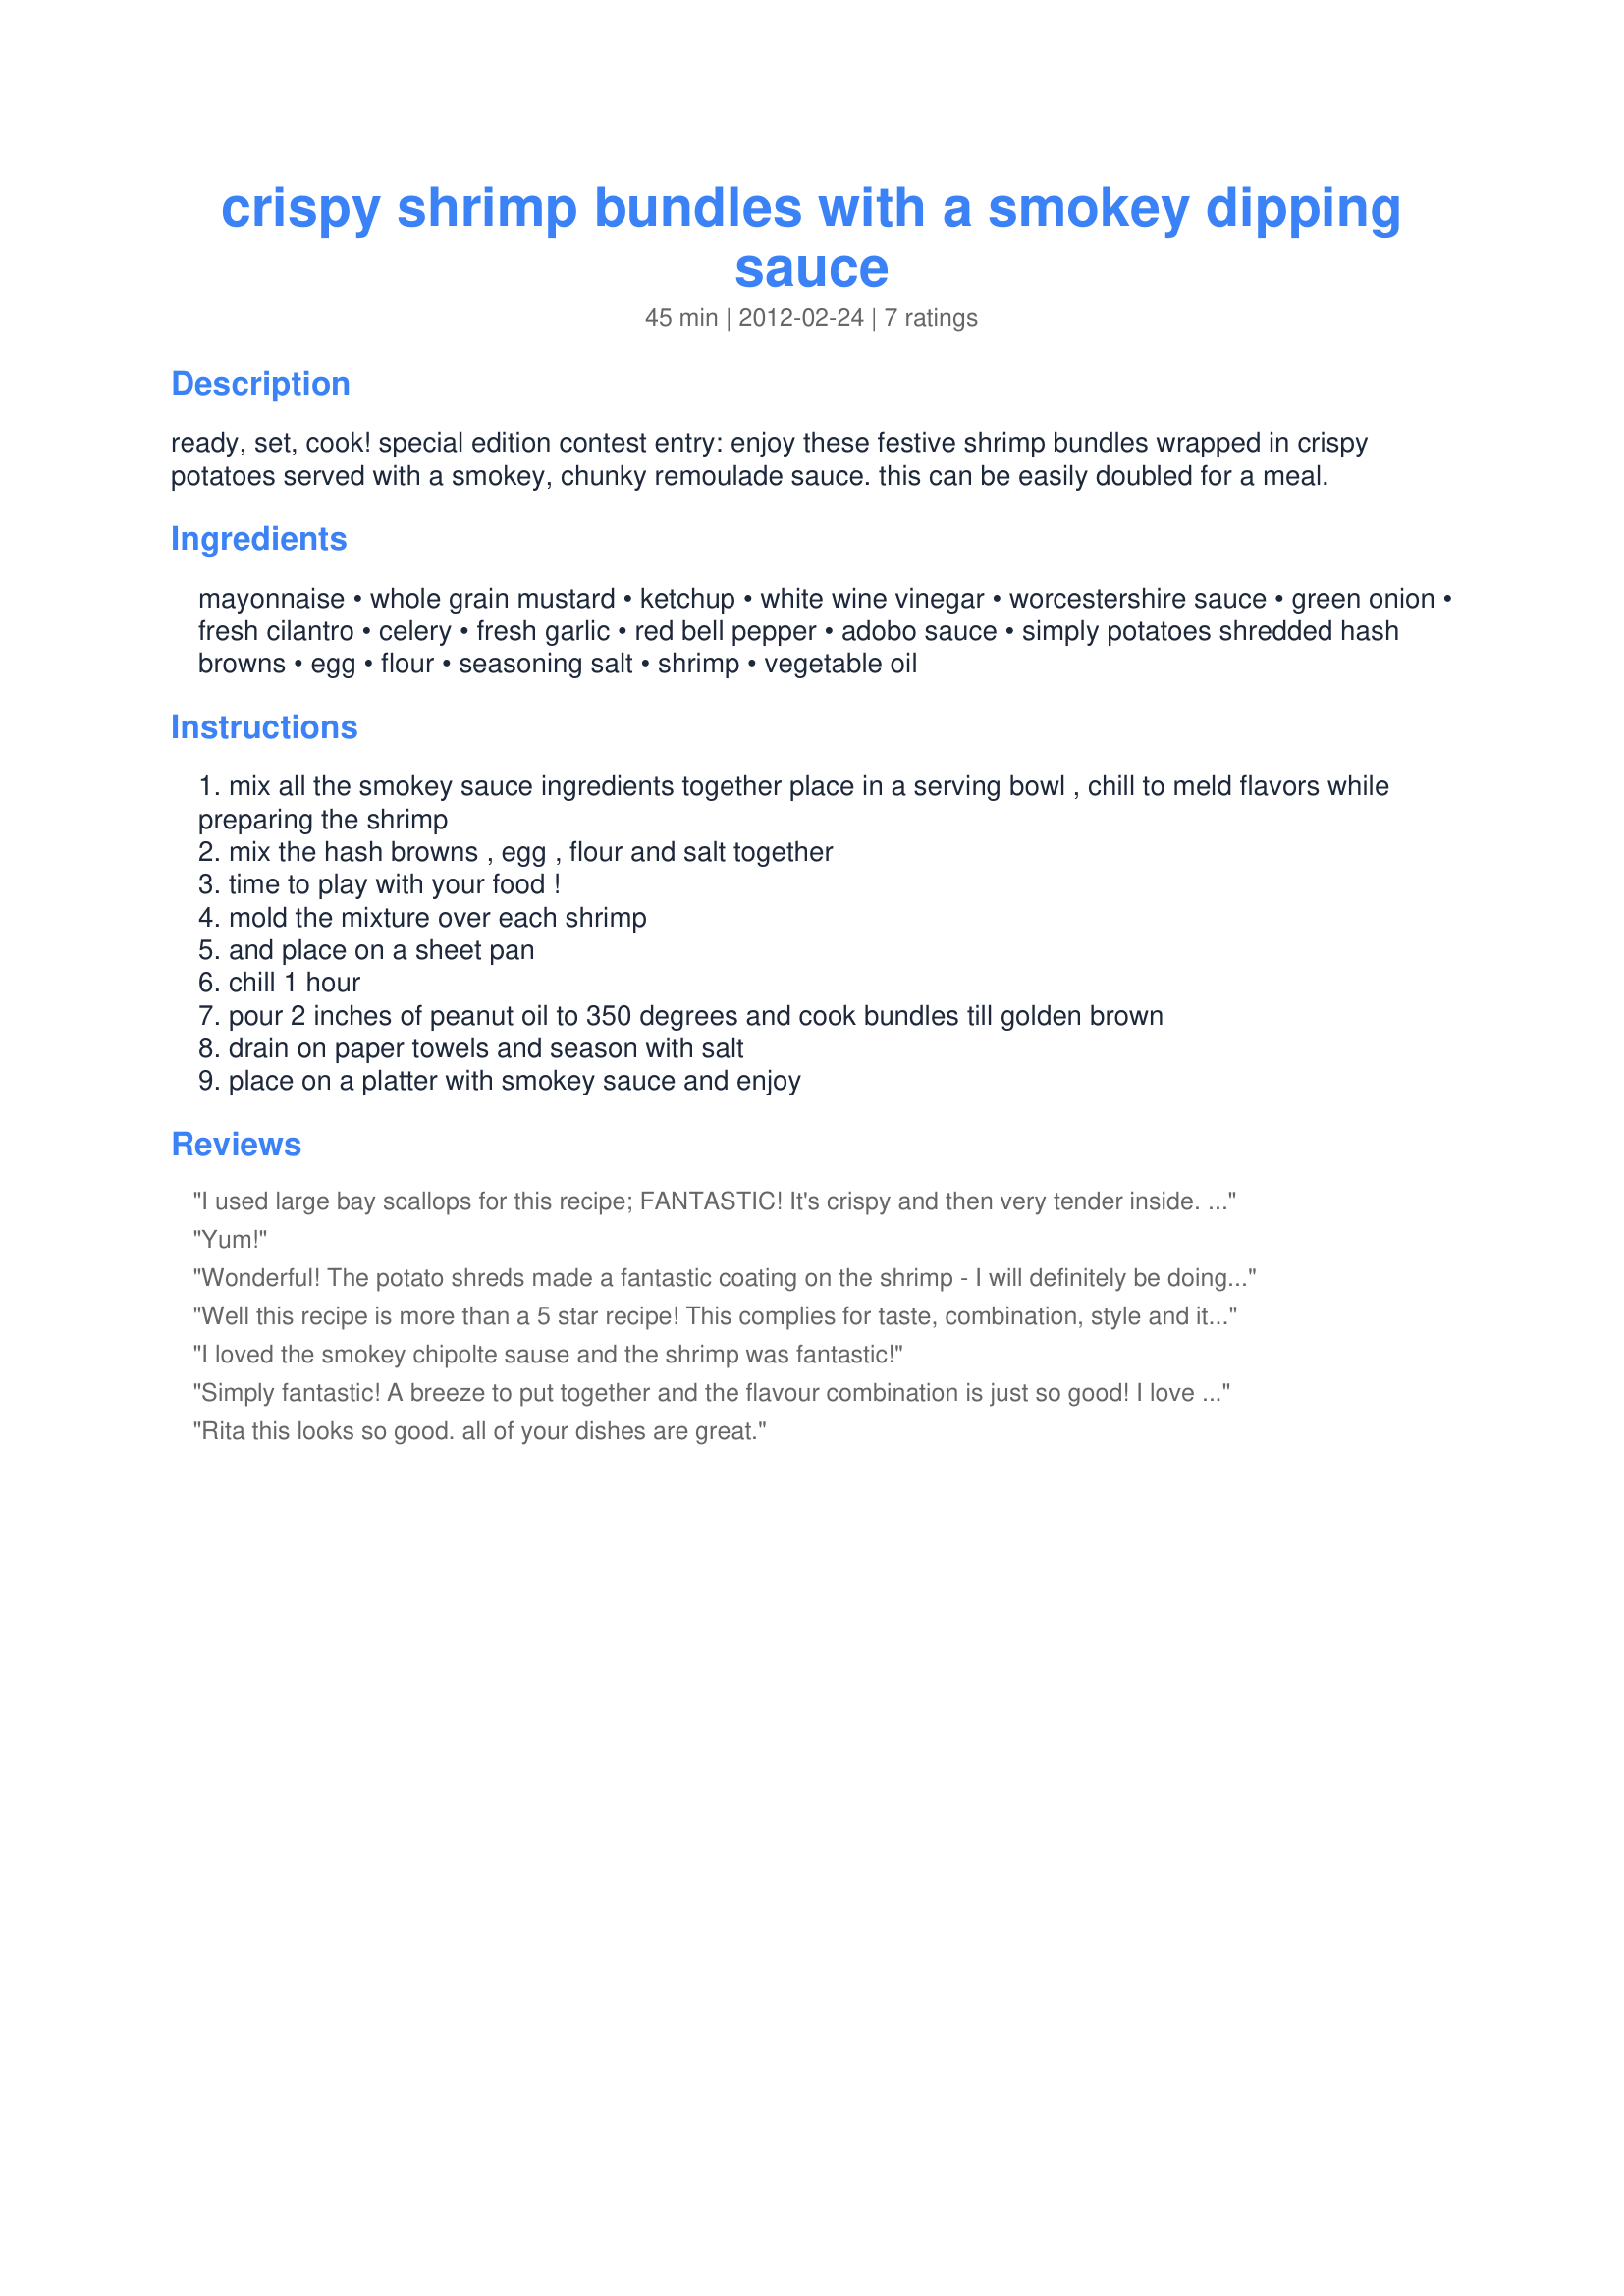
crispy shrimp bundles with a smokey dipping sauce
Preparation time: 45 minutes

ready, set, cook! special edition contest entry: enjoy these festive shrimp bundles wrapped in crispy potatoes served with a smokey, chunky remoulade sauce. this can be easily doubled for a meal.

Ingredients:
mayonnaise, whole grain mustard, ketchup, white wine vinegar, worcestershire sauce, green onion, fresh cilantro, celery, fresh garlic, red bell pepper, adobo sauce, simply potatoes shredded hash browns, egg, flour, seasoning salt, shrimp, vegetable oil

Steps:
mix all the smokey sauce ingredients together place in a serving bowl , chill to meld flavors while preparing the shrimp
mix the hash browns , egg , flour and salt together
time to play with your food !
mold the mixture over each shrimp
and place on a sheet pan
chill 1 hour
pour 2 inches of peanut oil to 350 degrees and cook bundles till golden brown
drain on paper towels and season with salt
place on a platter with smokey sauce and enjoy

Reviews:
I used large bay scallops for this recipe; FANTASTIC! It's crispy and then very tender inside. Very easy recipe to follow and it will go quickly if served as an appetizer! Thanks Rita!
Yum!
Wonderful! The potato shreds made a fantastic coating on the shrimp - I will definitely be doing that again. The sauce was fantastic - loved the smokiness of the adobo sauce, which also added a perfect kick. Thanks for sharing!
Well this recipe is more than a 5 star recipe! This complies for taste, combination, style and it is rally attractive. Thanks for this yummy winner!
I loved the smokey chipolte sause and the shrimp was fantastic!
Simply fantastic! A breeze to put together and the flavour combination is just so good! I love the crispy potato shreds around the succulent shrimp, and the dipping sauce is delicious and could be used for a number of other dippers. Excellent instructions. A winner, Rita.
Rita this looks so good. all of your dishes are great.
